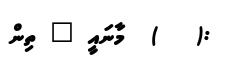
:(   )  މާނައީ " ތިން